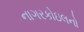
નાગરકોઇલનો